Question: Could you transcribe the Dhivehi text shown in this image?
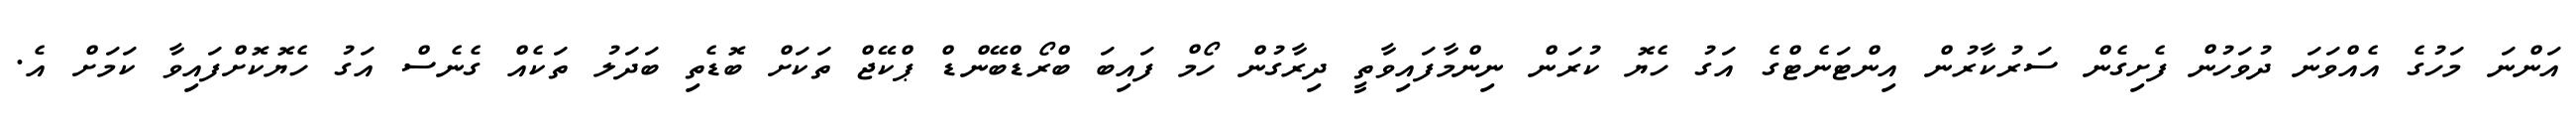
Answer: އަންނަ މަހުގެ އެއްވަނަ ދުވަހުން ފެށިގެން ސަރުކާރުން އިންޓަނެޓްގެ އަގު ހެޔޮ ކުރަން ނިންމާފައިވާތީ ދިރާގުން ހޯމް ފައިބަ ބްރޯޑްބޭންޑް ޕްކޭޖް ތަކަށް ބޮޑެތި ބަދަލު ތަކެއް ގެނެސް އަގު ހެޔޮކޮށްފައިވާ ކަމަށް އެ.